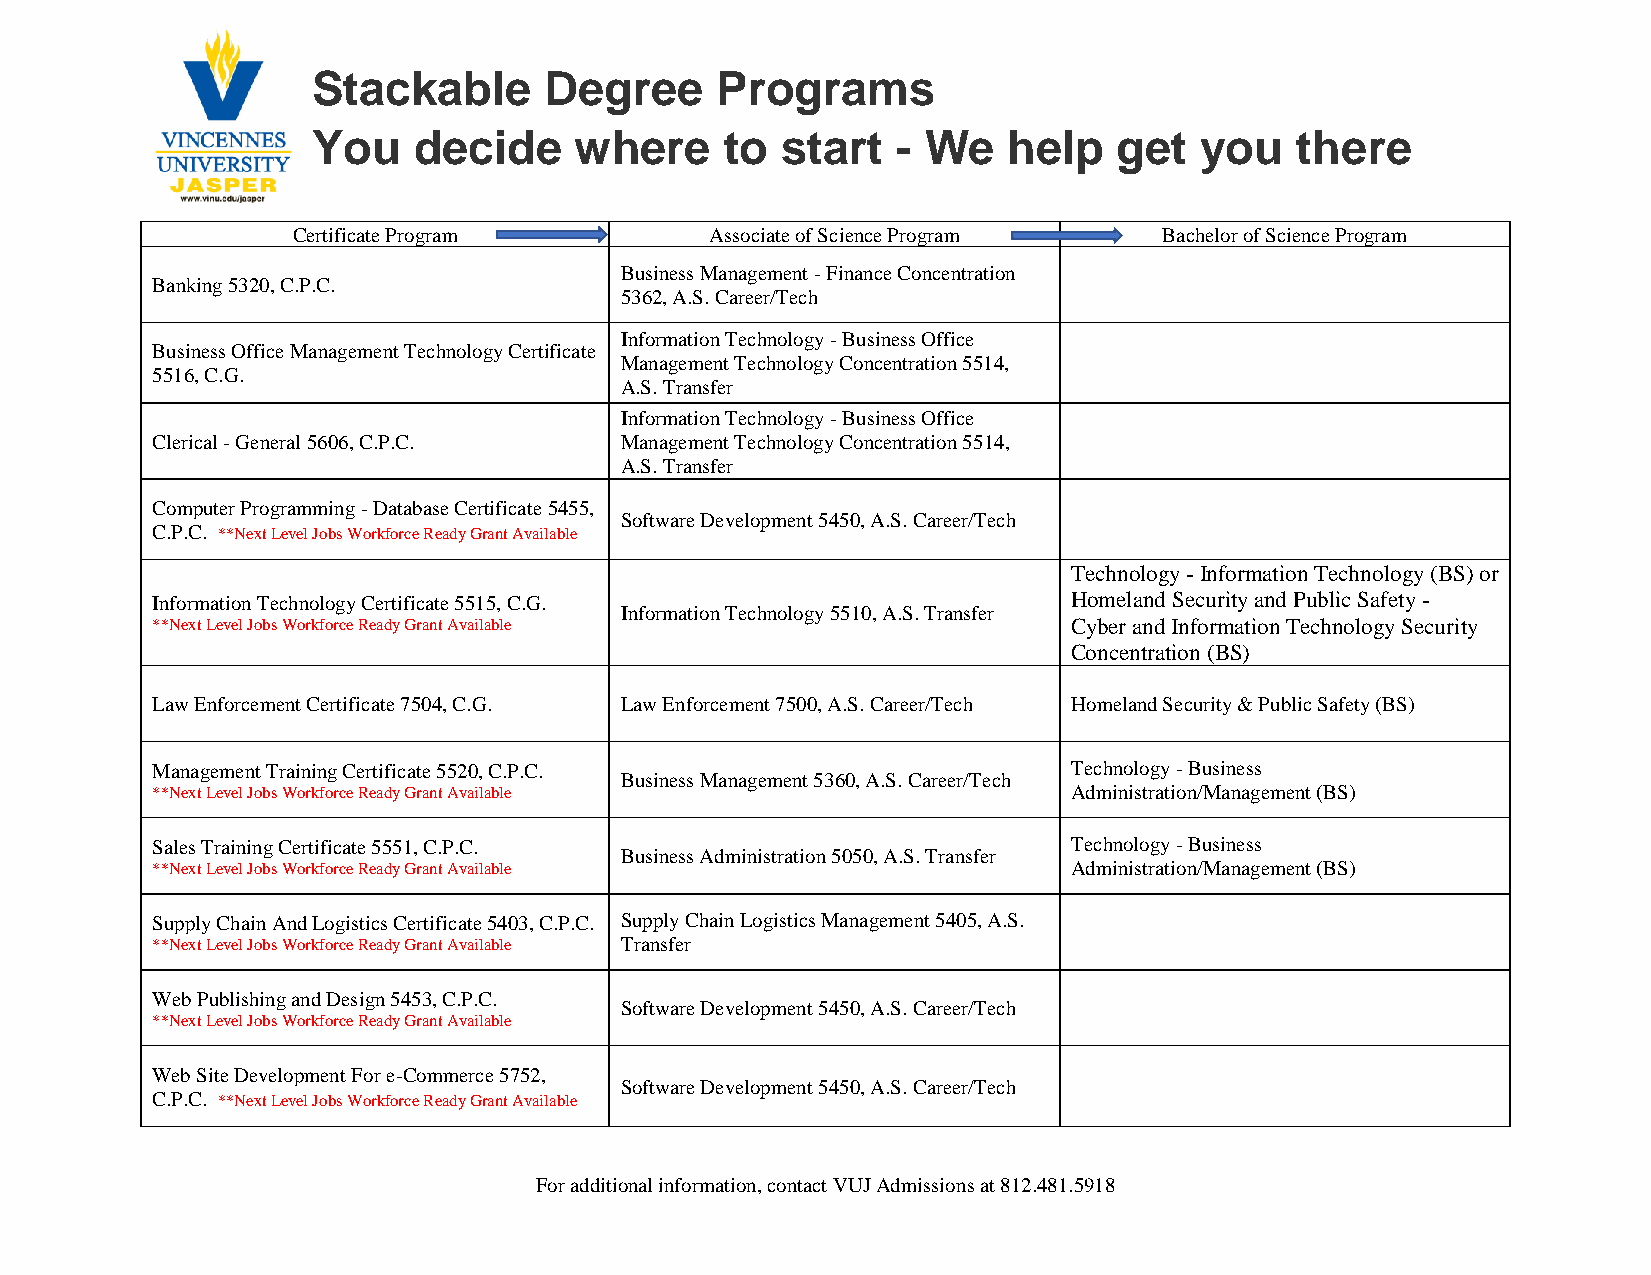
Stackable      Degree     Programs
 You   decide     where     to  start  - We    help   get  you    there
 Certificate Program         Associate of Science Program  Bachelor of Science Program
 Business Management - Finance Concentration
 Banking 5320, C.P.C.
 5362, A.S. Career/Tech
 Information Technology - Business Office
 Business Office Management Technology Certificate
 Management Technology Concentration 5514,
 5516, C.G.
 A.S. Transfer
 Information Technology - Business Office
 Clerical - General 5606, C.P.C. Management Technology Concentration 5514,
 A.S. Transfer
 Computer Programming - Database Certificate 5455,
 Software Development 5450, A.S. Career/Tech
 C.P.C. **Next Level Jobs Workforce Ready Grant Available
 Technology - Information Technology (BS) or
 Information Technology Certificate 5515, C.G.                Homeland Security and Public Safety -
 Information Technology 5510, A.S. Transfer
 **Next Level Jobs Workforce Ready Grant Available            Cyber and Information Technology Security
 Concentration (BS)
 Law Enforcement Certificate 7504, C.G. Law Enforcement 7500, A.S. Career/Tech Homeland Security & Public Safety (BS)
 Management Training Certificate 5520, C.P.C.                 Technology - Business
 Business Management 5360, A.S. Career/Tech
 **Next Level Jobs Workforce Ready Grant Available            Administration/Management (BS)
 Sales Training Certificate 5551, C.P.C.                      Technology - Business
 Business Administration 5050, A.S. Transfer
 **Next Level Jobs Workforce Ready Grant Available            Administration/Management (BS)
 Supply Chain And Logistics Certificate 5403, C.P.C. Supply Chain Logistics Management 5405, A.S.
 **Next Level Jobs Workforce Ready Grant Available Transfer
 Web Publishing and Design 5453, C.P.C.
 Software Development 5450, A.S. Career/Tech
 **Next Level Jobs Workforce Ready Grant Available
 Web Site Development For e-Commerce 5752,
 Software Development 5450, A.S. Career/Tech
 C.P.C. **Next Level Jobs Workforce Ready Grant Available
 For additional information, contact VUJ Admissions at 812.481.5918